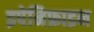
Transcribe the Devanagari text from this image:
इपेनिफ्राइन